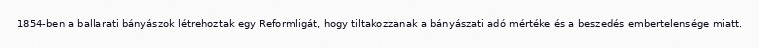
1854-ben a ballarati bányászok létrehoztak egy Reformligát, hogy tiltakozzanak a bányászati adó mértéke és a beszedés embertelensége miatt.